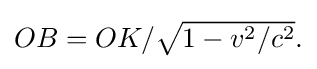
{\textstyle OB=OK/{\sqrt {1-v^{2}/c^{2}}}.}